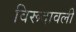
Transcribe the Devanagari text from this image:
विरूदावली